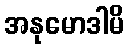
အနုမောဒါမိ